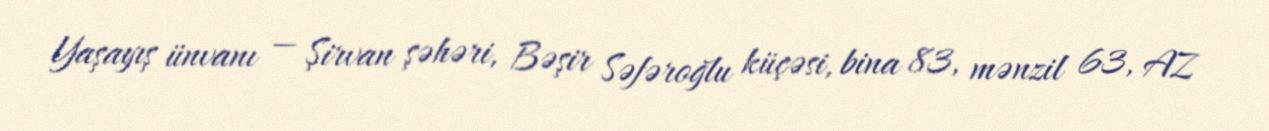
Yaşayış ünvanı — Şirvan şəhəri, Bəşir Səfəroğlu küçəsi, bina 83, mənzil 63, AZ